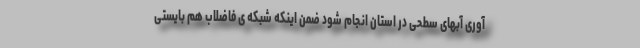
آوری آبهای سطحی در استان انجام شود ضمن اینکه شبکه ی فاضلاب هم بایستی